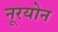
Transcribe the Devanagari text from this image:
नूरयोन